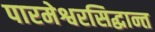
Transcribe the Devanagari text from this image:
पारमेश्वरसिद्धान्त